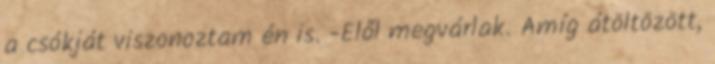
a csókját viszonoztam én is. -Elől megvárlak. Amíg átöltözött,